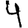
Digit: 4